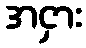
အငှား